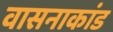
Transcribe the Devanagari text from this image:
वासनाकांड